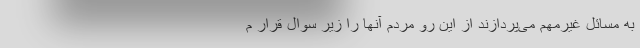
به مسائل غیرمهم می‌پردازند از این رو مردم آنها را زیر سوال قرار م